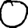
Digit: 0